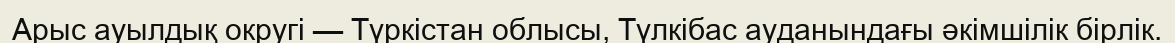
Арыс ауылдық округі — Түркістан облысы, Түлкібас ауданындағы әкімшілік бірлік.